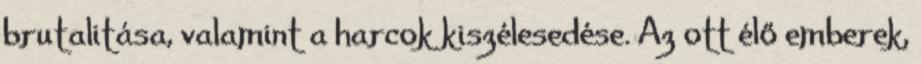
brutalitása, valamint a harcok kiszélesedése. Az ott élő emberek,